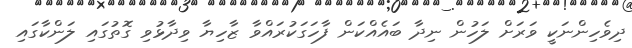
ދިވެހިންނަކީ ވަރަށް ލަހުން ނިދާ ބައެއްކަން ފާހަގަކުރައްވާ ޒާހިޔާ ވިދާޅުވި ގޮތުގައި ލަންކާގައި